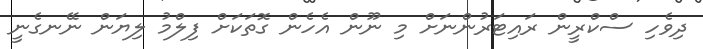
ދިވެހި ސްކްރީން ރައިޓަރުންނަށް މި ނޫން އެހެން ގޮތަކަށް ފިލްމު ލިޔަން ނޭނގެނީ